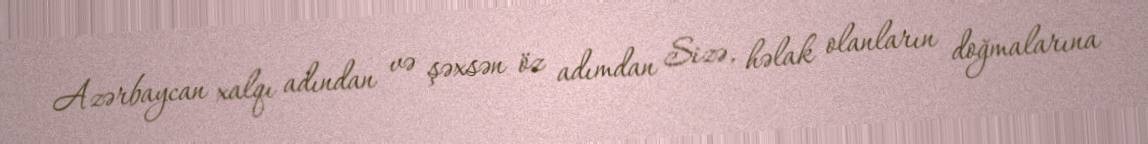
Azərbaycan xalqı adından və şəxsən öz adımdan Sizə, həlak olanların doğmalarına